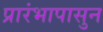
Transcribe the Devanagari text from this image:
प्रारंभापासुन